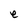
Character: e